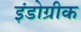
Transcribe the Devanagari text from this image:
इंंडोग्रीक